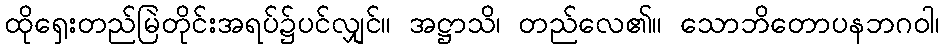
ထိုရှေးတည်မြဲတိုင်းအရပ်၌ပင်လျှင်။ အဋ္ဌာသိ၊ တည်လေ၏။ သောဘိတောပနဘဂဝါ၊